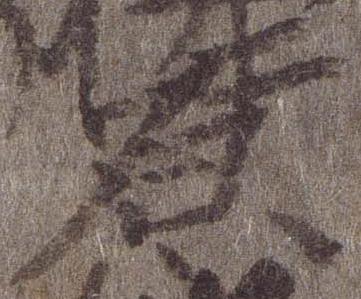
原